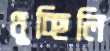
থুচ্ছিলি